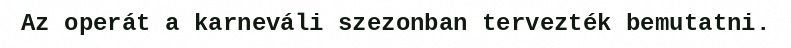
Az operát a karneváli szezonban tervezték bemutatni.